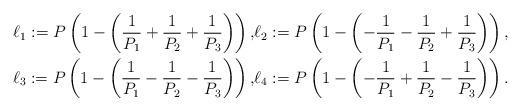
LaTeX: \begin{align*} \ell_1:=P \left(1-\left(\frac{1}{P_1}+\frac{1}{P_2}+\frac{1}{P_3}\right) \right), & \ell_2:=P\left(1-\left(-\frac{1}{P_1}-\frac{1}{P_2}+\frac{1}{P_3}\right)\right), \\\ell_3:=P \left(1-\left(\frac{1}{P_1}-\frac{1}{P_2}-\frac{1}{P_3}\right) \right) , & \ell_4:=P\left(1-\left(-\frac{1}{P_1}+\frac{1}{P_2}-\frac{1}{P_3}\right)\right) .\end{align*}